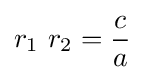
r_{1}\ r_{2}={\frac {c}{a}}